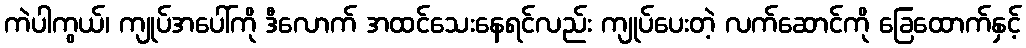
ကဲပါကွယ်၊ ကျုပ်အပေါ်ကို ဒီလောက် အထင်သေးနေရင်လည်း ကျုပ်ပေးတဲ့ လက်ဆောင်ကို ခြေထောက်နှင့်